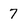
Character: 7